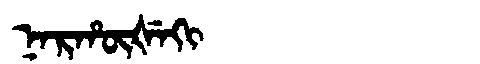
Manchu: ᠨᠠᡵᡥᡡᡧᡝᡴᡳ
Romanization: NARHŪŠEKI